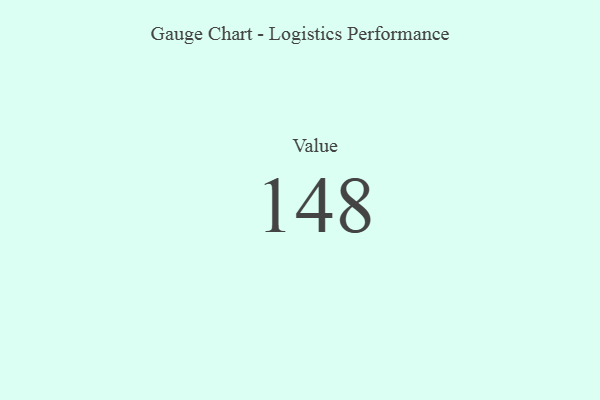
{"axis": {"x": "Metric", "y": "Value"}, "legend": [""], "data": [{"x": "Value", "y": 148, "type": ""}]}